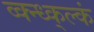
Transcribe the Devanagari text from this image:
व्क्न्ध्क्ल्कं